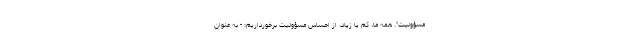
مسؤولیت". همه ما، کم یا زیاد، از احساس مسؤولیت برخورداریم: - به عنوان